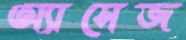
অ্যাসেজ